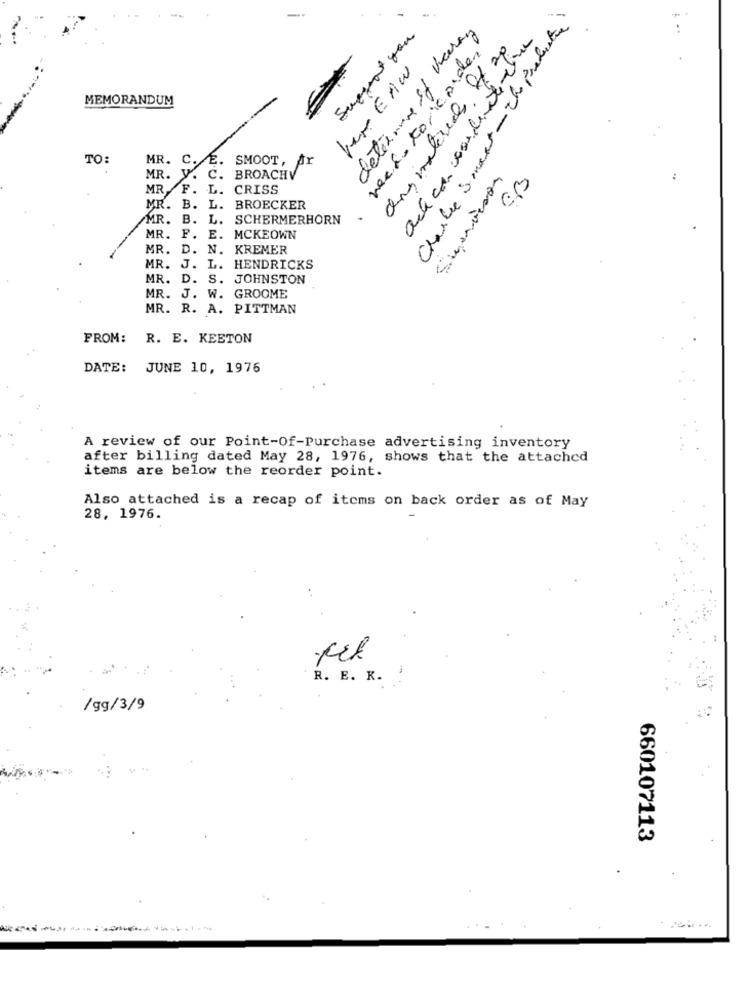
Chasbe Smart -the production
..
Suggest you
determine if veren
recinto, conden
Kar EAw
MEMORANDUM
vds .
TO:
MR.
C.
.
SMOOT, Ar
Supervisor
MR.
C.
BROACHV
:
MR.
F. L.
CRISS
MR.
B. L.
BROECKER
MR. B. L. SCHERMERHORN
MR. F. E. MCKEOWN
MR. D. N. KREMER
MR. J. L. HENDRICKS
MR. D. S. JOHNSTON
MR. J. W. GROOME
MR. R. A. PITTMAN
FROM:
R. E. KEETON
DATE: JUNE 10, 1976
A review of our Point-Of-Purchase advertising inventory
after billing dated May 28, 1976, shows that the attached
items are below the reorder point.
Also attached is a recap of items on back order as of May
28, 1976.
R. E. K.
/gg/3/9
660107113
...